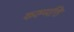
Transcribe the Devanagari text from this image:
करुप्पत्ति